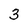
Character: 3